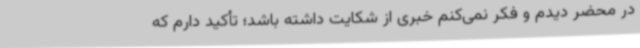
در محضر دیدم و فکر نمی‌کنم خبری از شکایت داشته باشد؛ تأکید دارم که